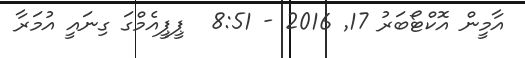
އާމީން އޮކްޓޯބަރު 17